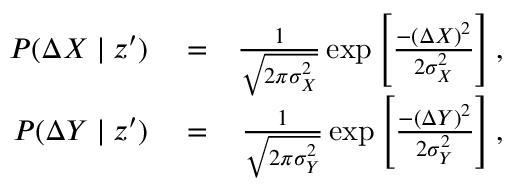
\begin{array} { r l r } { P ( \Delta X \mid z ^ { \prime } ) } & { { } = } & { \frac { 1 } { \sqrt { 2 \pi \sigma _ { X } ^ { 2 } } } \exp \left[ \frac { - ( \Delta X ) ^ { 2 } } { 2 \sigma _ { X } ^ { 2 } } \right] , } \\ { P ( \Delta Y \mid z ^ { \prime } ) } & { { } = } & { \frac { 1 } { \sqrt { 2 \pi \sigma _ { Y } ^ { 2 } } } \exp \left[ \frac { - ( \Delta Y ) ^ { 2 } } { 2 \sigma _ { Y } ^ { 2 } } \right] , } \end{array}